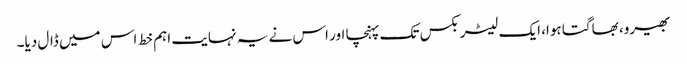
بھیرو، بھاگتا ہوا، ایک لیٹر بکس تک پہنچا اور اس نے یہ نہایت اہم خط اس میں ڈال دیا۔